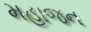
મહાજન